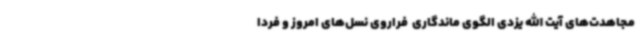
مجاهدت‌های آیت الله یزدی الگوی ماندگاری  فراروی نسل‌های امروز و فردا